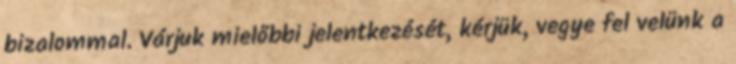
bizalommal. Várjuk mielőbbi jelentkezését, kérjük, vegye fel velünk a